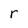
Character: r